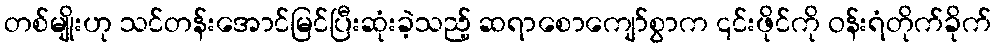
တစ်မျိုးဟု သင်တန်းအောင်မြင်ပြီးဆုံးခဲ့သည့် ဆရာစောကျော်စွာက ၎င်းဖိုင်ကို ဝန်းရံတိုက်ခိုက်